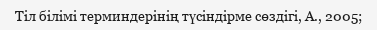
Тіл білімі терминдерінің түсіндірме сөздігі, А., 2005;